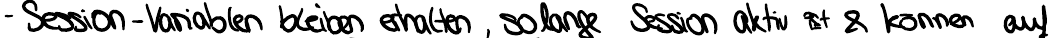
- Session-Variablen bleiben erhalten, solange Session aktiv ist & können auf